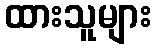
ထားသူများ